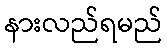
နားလည်ရမည်